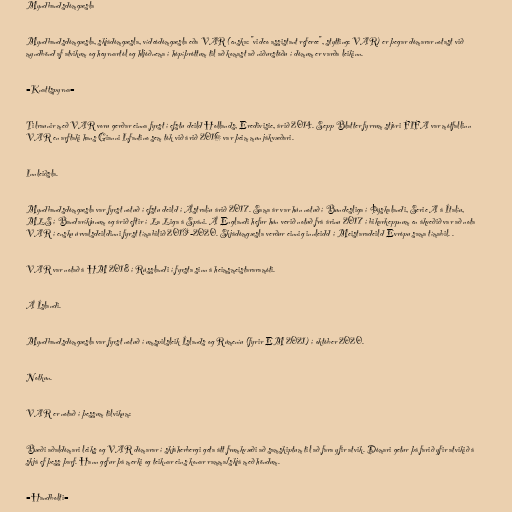
Myndbandsdómgæsla

Myndbandsdómgæsla, skjádómgæsla, vídeódómgæsla eða VAR (enska: "video assistant referee", stytting: VAR) er þegar dómarar notast við
myndbönd af atvikum og heyrnartól og hljóðnema í hópíþróttum til að komast að niðurstöðu í dómum er varða leikinn.

=Knattspyrna=

Tilraunir með VAR voru gerðar einna fyrst í efstu deild Hollands, Eredivisie, árið 2014. Sepp Blatter fyrrum stjóri FIFA var mótfallinn
VAR en arftaki hans Gianni Infantino sem tók við árið 2016 var þeim mun jákvæðari.

Innleiðsla.

Myndbandsdómgæsla var fyrst notuð í efstu deild í Ástralíu árið 2017. Sama ár var hún notuð í Bundesliga í Þýskalandi, Serie A á Ítalíu,
MLS í Bandaríkjunum og árið eftir í La Liga á Spáni. Á Englandi hefur hún verið notuð frá árinu 2017 í bikarkeppnum en ákveðið var að nota
VAR í ensku úrvalsdeildinni fyrst tímabilið 2019-2020. Skjádómgæsla verður einnig innleidd í Meistaradeild Evrópu sama tímabil. .

VAR var notað á HM 2018 í Rússlandi í fyrsta sinn á heimsmeistararamóti.

Á Íslandi.

Myndbandsdómgæsla var fyrst notuð í umspilsleik Íslands og Rúmeníu (fyrir EM 2021) í október 2020.

Notkun.

VAR er notað í þessum tilvikum:

Bæði aðaldómari leiks og VAR dómarar í skjáherbergi geta átt frumkvæði að samskiptum til að fara yfir atvik. Dómari getur þá farið yfir atvikið á
skjá ef þess þarf. Hann gefur þá merki og teiknar eins konar ramma/skjá með höndum.

=Handbolti=